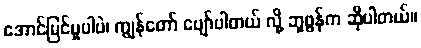
အောင်မြင်မှုပါပဲ၊ ကျွန်တော် ပျော်ပါတယ် လို့ ဘူဖွန်က ဆိုပါတယ်။